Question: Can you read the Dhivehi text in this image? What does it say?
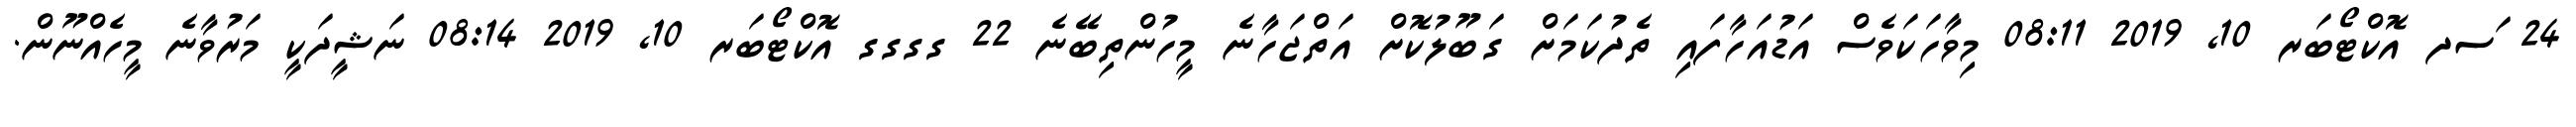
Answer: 24 ަސދ އޮކްޓޯބަރ 10, 2019 08:11 މިވާހަކަވެސް އަޑުއަހާފައި ތެދުކަމަށް ގަބޫލުކޮށް އަތްޖަހާނެ މީހުންތިބޭނެ 22 ގގގގ އޮކްޓޯބަރ 10, 2019 08:14 ނަޝީދަކީ މަރުވާނެ މީހެއްނޫން.